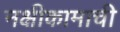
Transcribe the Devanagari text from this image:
नक्षीकामाची